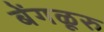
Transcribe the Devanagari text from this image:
बेंगळूरु